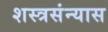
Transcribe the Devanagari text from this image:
शस्त्रसंन्यास